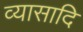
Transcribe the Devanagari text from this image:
व्यासादि